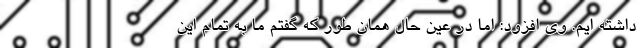
داشته ایم. وی افزود: اما در عین حال همان طور که گفتم ما به تمام این